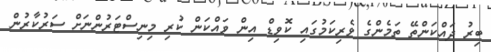
ބިރު ދައްކަންތޭ ތަމެންގެ ވެރިކަމުގައި ކޮވިޑް އިން ވައްކަން ކުރި މިނިސްޓަރުންނަށް ސަރުކާރުން